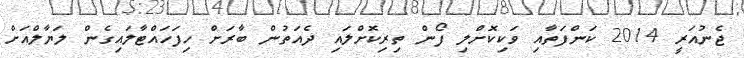
ޖެނުއަރީ 2014 ކަންފަތާއި ވަކިކޮށްލި ފޯން ތިރިކޮށްލައި ދެއަތުން ބާރަށް ހިފަހައްޓާލައިގެން ލަޔާލްއަށް